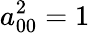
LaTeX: a_{00}^{2}=1